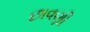
છાવણી